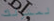
لمنزلك